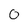
Character: 0